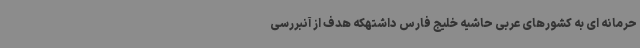
حرمانه ای به کشورهای عربی حاشیه خلیج فارس داشتهکه هدف از آنبررسی